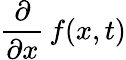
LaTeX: {\frac{\partial}{\partial x}}\, f(x,t)